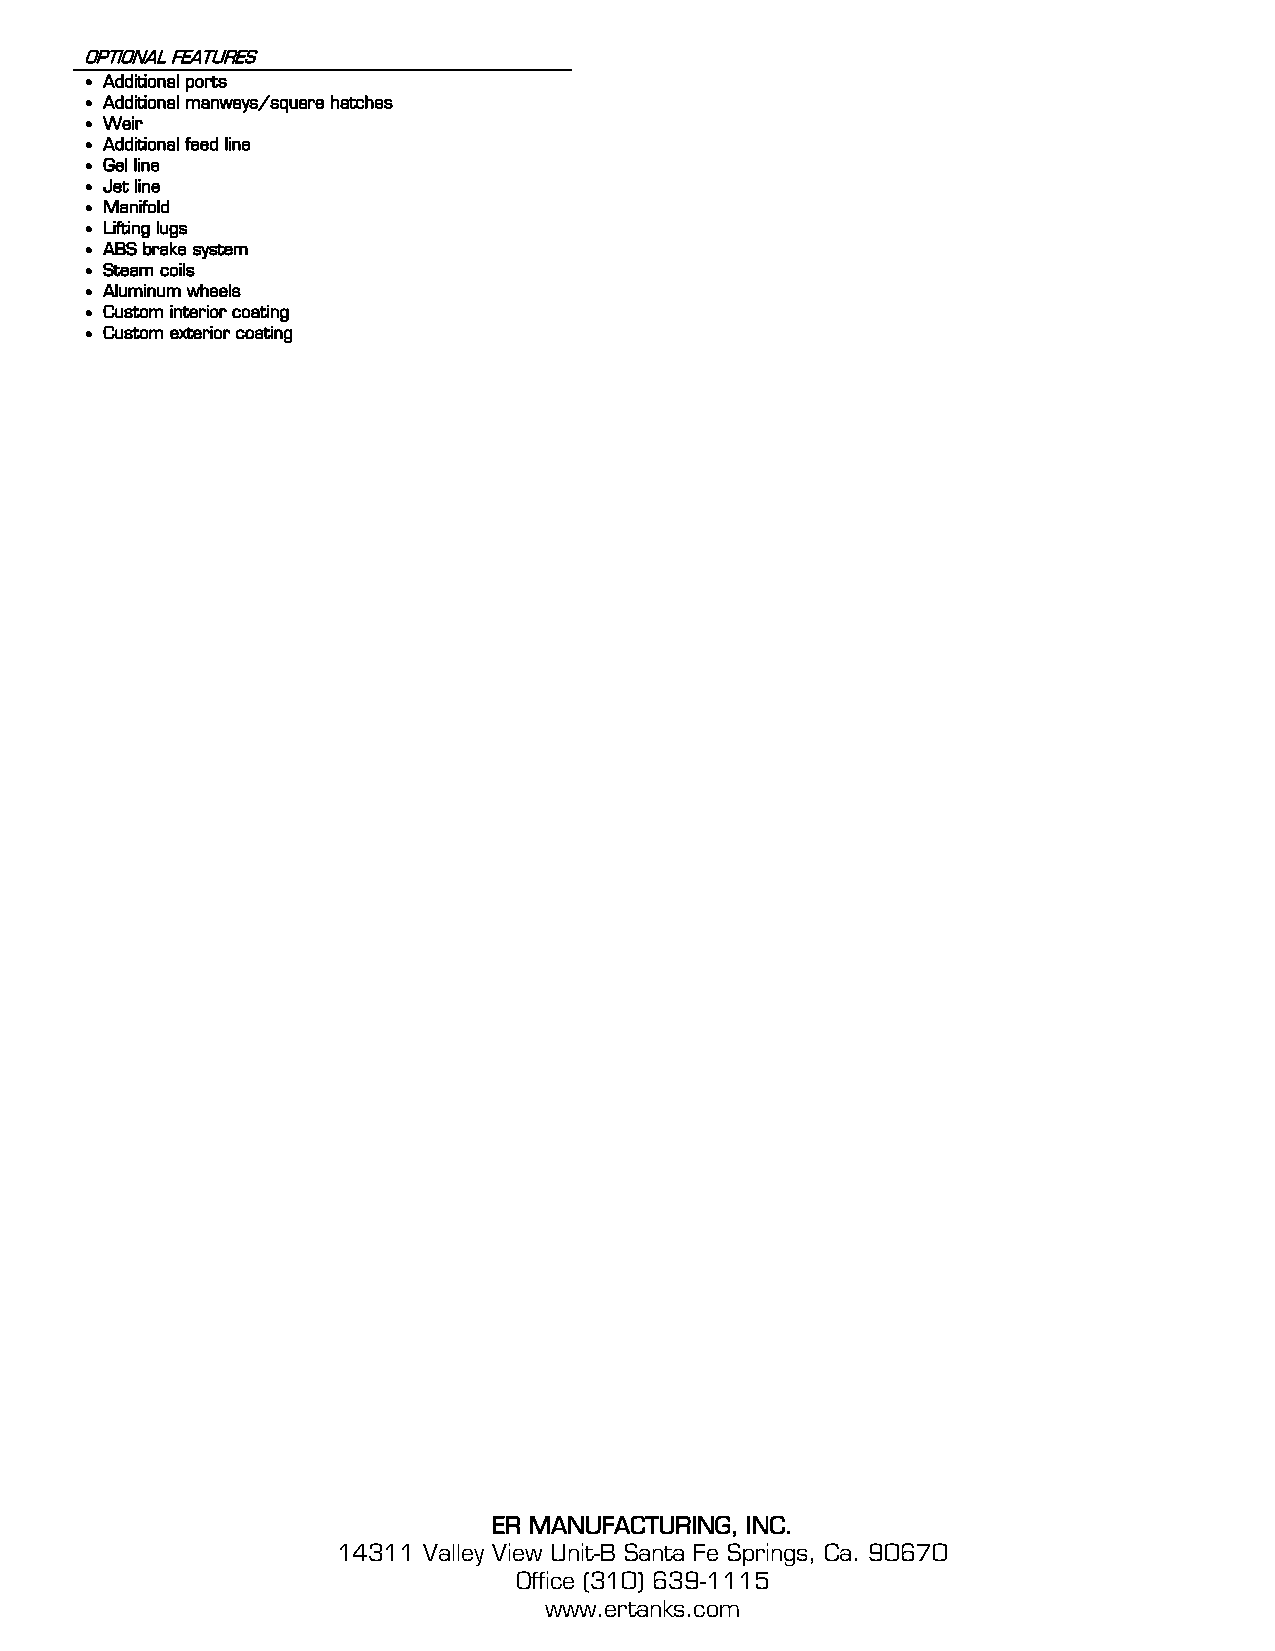
OPTIONAL FEATURES
  Additional ports
  Additional manways/square hatches
  Weir
  Additional feed line
  Gel line
  Jet line
  Manifold
  Lifting lugs
  ABS brake system
  Steam coils
  Aluminum wheels
  Custom interior coating
  Custom exterior coating
 ER MANUFACTURING, INC.
 14311 Valley View Unit-B Santa Fe Springs, Ca. 90670
 Office (310) 639-1115
 www.ertanks.com